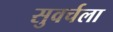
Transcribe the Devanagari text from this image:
सुवर्चला